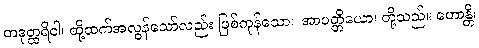
တဒုတ္ထရိဝါ၊ ထို့ထက်အလွန်သော်လည်း ဖြစ်ကုန်သော။ အာပတ္တိယော၊ တို့သည်။ ဟောန္တိ၊